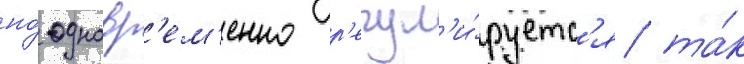
но́ одновр'ем'енно р'егул'и́руетс'я та́к